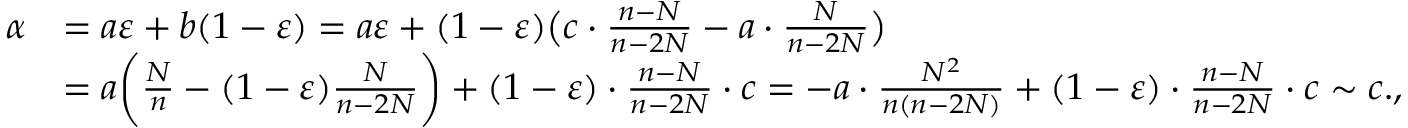
\begin{array} { r l } { \alpha } & { = a \varepsilon + b ( 1 - \varepsilon ) = a \varepsilon + ( 1 - \varepsilon ) \big ( c \cdot \frac { n - N } { n - 2 N } - a \cdot \frac { N } { n - 2 N } \big ) } \\ & { = a \bigg ( \frac { N } { n } - ( 1 - \varepsilon ) \frac { N } { n - 2 N } \bigg ) + ( 1 - \varepsilon ) \cdot \frac { n - N } { n - 2 N } \cdot c = - a \cdot \frac { N ^ { 2 } } { n ( n - 2 N ) } + ( 1 - \varepsilon ) \cdot \frac { n - N } { n - 2 N } \cdot c \sim c . , } \end{array}